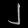
Digit: ၂